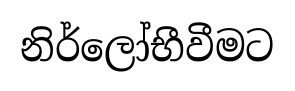
නිර්ලෝභීවීමට